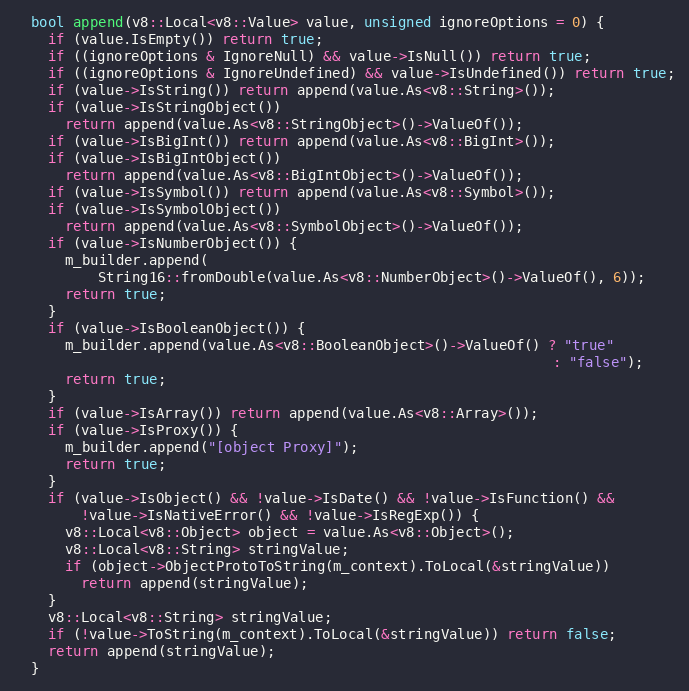
Language: C++
  bool append(v8::Local<v8::Value> value, unsigned ignoreOptions = 0) {
    if (value.IsEmpty()) return true;
    if ((ignoreOptions & IgnoreNull) && value->IsNull()) return true;
    if ((ignoreOptions & IgnoreUndefined) && value->IsUndefined()) return true;
    if (value->IsString()) return append(value.As<v8::String>());
    if (value->IsStringObject())
      return append(value.As<v8::StringObject>()->ValueOf());
    if (value->IsBigInt()) return append(value.As<v8::BigInt>());
    if (value->IsBigIntObject())
      return append(value.As<v8::BigIntObject>()->ValueOf());
    if (value->IsSymbol()) return append(value.As<v8::Symbol>());
    if (value->IsSymbolObject())
      return append(value.As<v8::SymbolObject>()->ValueOf());
    if (value->IsNumberObject()) {
      m_builder.append(
          String16::fromDouble(value.As<v8::NumberObject>()->ValueOf(), 6));
      return true;
    }
    if (value->IsBooleanObject()) {
      m_builder.append(value.As<v8::BooleanObject>()->ValueOf() ? "true"
                                                                : "false");
      return true;
    }
    if (value->IsArray()) return append(value.As<v8::Array>());
    if (value->IsProxy()) {
      m_builder.append("[object Proxy]");
      return true;
    }
    if (value->IsObject() && !value->IsDate() && !value->IsFunction() &&
        !value->IsNativeError() && !value->IsRegExp()) {
      v8::Local<v8::Object> object = value.As<v8::Object>();
      v8::Local<v8::String> stringValue;
      if (object->ObjectProtoToString(m_context).ToLocal(&stringValue))
        return append(stringValue);
    }
    v8::Local<v8::String> stringValue;
    if (!value->ToString(m_context).ToLocal(&stringValue)) return false;
    return append(stringValue);
  }